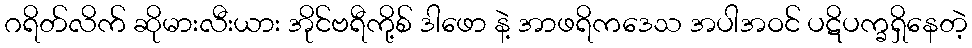
ဂရိတ်လိက် ဆိုမားလီးယား အိုင်ဗရီကို့စ် ဒါဖော နဲ့ အာဖရိကဒေသ အပါအဝင် ပဋိပက္ခရှိနေတဲ့